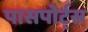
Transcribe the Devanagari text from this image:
पासपोर्ट्स